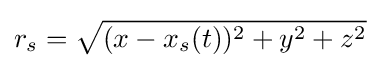
r_{s}={\sqrt {(x-x_{s}(t))^{2}+y^{2}+z^{2}}}